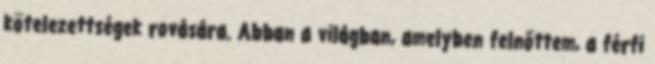
kötelezettségek rovására. Abban a világban, amelyben felnőttem, a férfi